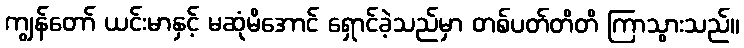
ကျွန်တော် ယင်းမာနှင့် မဆုံမိအောင် ရှောင်ခဲ့သည်မှာ တစ်ပတ်တိတိ ကြာသွားသည်။